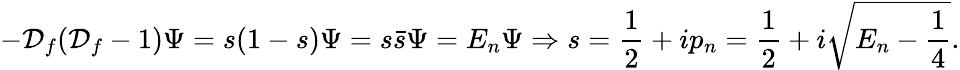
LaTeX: -{\cal D}_{f}({\cal D}_{f}-1)\Psi=s(1-s)\Psi=s{\bar{s}}\Psi=E_{n}\Psi\Rightarrow s={\frac{1}{2}}+ip_{n}={\frac{1}{2}}+i\sqrt{E_{n}-{\frac{1}{4}}}.